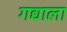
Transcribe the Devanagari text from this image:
गद्याला